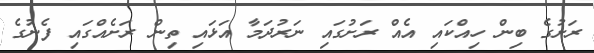
ރަށުގެ ބިން ހިއްކައި އެއް ރަށުގައި ނަރުދަމާ އަޅައި ތިން ރަށެއްގައި ފެނުގެ